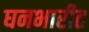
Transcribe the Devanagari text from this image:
घनभारीत